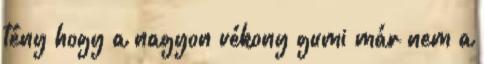
tény hogy a nagyon vékony gumi már nem a